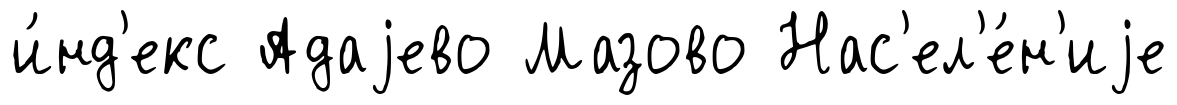
и́нд'екс Адаjево Мазово Нас'ел'е́н'иjе